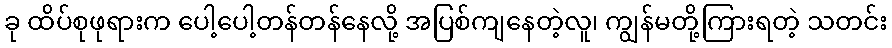
ခု ထိပ်စုဖုရားက ပေါ့ပေါ့တန်တန်နေလို့ အပြစ်ကျနေတဲ့လူ၊ ကျွန်မတို့ကြားရတဲ့ သတင်း